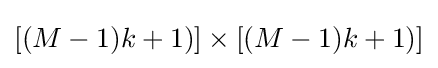
\left[(M-1)k+1)\right]\times \left[(M-1)k+1)\right]